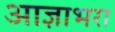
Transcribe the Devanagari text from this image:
आज्ञाभरा